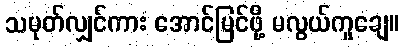
သမုတ်လျှင်ကား အောင်မြင်ဖို့ မလွယ်ကူချေ။